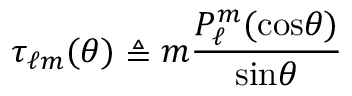
\tau _ { \ell m } ( \theta ) \triangleq m \frac { P _ { \ell } ^ { m } ( \mathrm { c o s } \theta ) } { \mathrm { s i n } \theta }